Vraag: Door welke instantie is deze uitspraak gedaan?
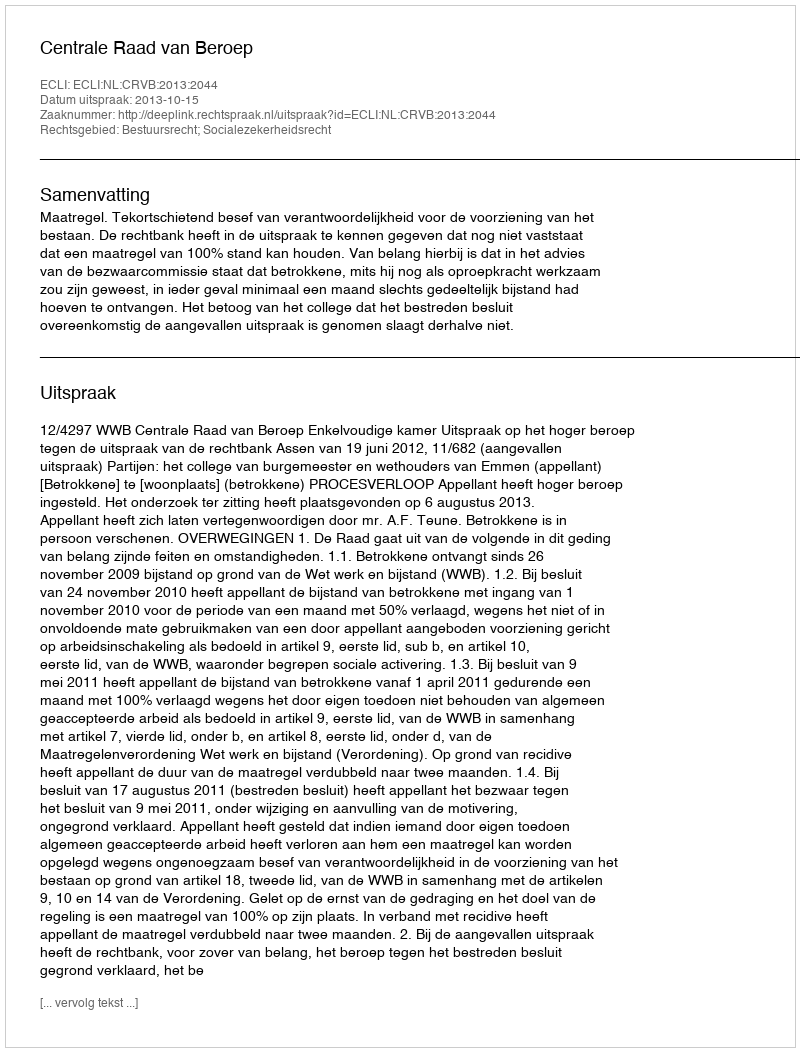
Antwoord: Centrale Raad van Beroep